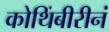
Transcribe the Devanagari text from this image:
कोथिंबीरीनं